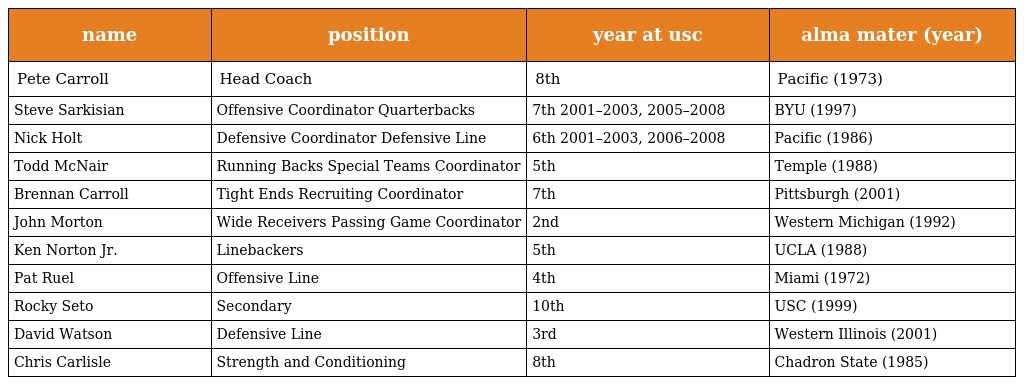
| name | position | year at usc | alma mater (year) |
 | --- | --- | --- | --- |
 | Pete Carroll | Head Coach | 8th | Pacific (1973) |
 | Steve Sarkisian | Offensive Coordinator Quarterbacks | 7th 2001–2003, 2005–2008 | BYU (1997) |
 | Nick Holt | Defensive Coordinator Defensive Line | 6th 2001–2003, 2006–2008 | Pacific (1986) |
 | Todd McNair | Running Backs Special Teams Coordinator | 5th | Temple (1988) |
 | Brennan Carroll | Tight Ends Recruiting Coordinator | 7th | Pittsburgh (2001) |
 | John Morton | Wide Receivers Passing Game Coordinator | 2nd | Western Michigan (1992) |
 | Ken Norton Jr. | Linebackers | 5th | UCLA (1988) |
 | Pat Ruel | Offensive Line | 4th | Miami (1972) |
 | Rocky Seto | Secondary | 10th | USC (1999) |
 | David Watson | Defensive Line | 3rd | Western Illinois (2001) |
 | Chris Carlisle | Strength and Conditioning | 8th | Chadron State (1985) |